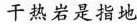
干热岩是指地